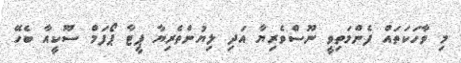
މި ވާހަކަތައް ފެންމަތިވީ ނޫސްވެރިޔާ އަދި ލިޔުންތެރިޔާ ޕީޓާ ޕޯފަމް ސޫކީއާ ބެހޭ